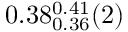
0 . 3 8 _ { 0 . 3 6 } ^ { 0 . 4 1 } ( 2 )